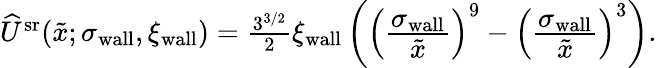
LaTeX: \begin{array}{r}{\widehat{U}^{\mathrm{sr}}(\tilde{x};\sigma_{\textrm{wall}},\xi_{\textrm{wall}})=\frac{3^{3/2}}{2}\xi_{\textrm{wall}}\left(\left(\frac{\displaystyle\sigma_{\textrm{wall}}}{\displaystyle\tilde{x}}\right)^{9}-\left(\frac{\displaystyle\sigma_{\textrm{wall}}}{\displaystyle\tilde{x}}\right)^{3}\right).}\end{array}